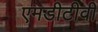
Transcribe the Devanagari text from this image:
एमडीटीवी